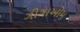
ગીગાઓમ